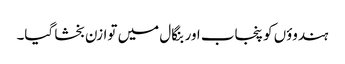
ہندوؤں کو پنجاب اور بنگال میں توازن بخشا گیا۔